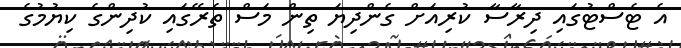
އެ ޓެސްޓުގައި ދިރާސާ ކުރިއަށް ގެންދިޔަ ތިން މަސް ތެރޭގައި ކުދިންގެ ކިޔުމުގެ